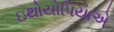
ઇથોયોપિયાએ